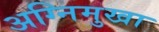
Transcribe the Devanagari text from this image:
अग्निमुखा